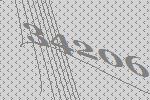
34206